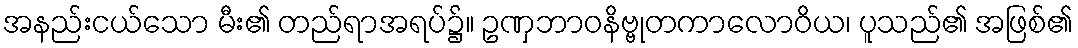
အနည်းငယ်သော မီး၏ တည်ရာအရပ်၌။ ဥဏှဘာဝနိဗ္ဗုတကာလောဝိယ၊ ပူသည်၏ အဖြစ်၏